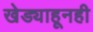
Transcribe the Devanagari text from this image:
खेड्याहूनही